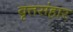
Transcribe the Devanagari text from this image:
वृत्तसंहार